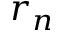
r _ { n }